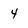
Character: 4